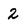
Character: 2